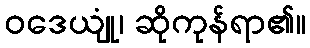
ဝဒေယျုံ၊ ဆိုကုန်ရာ၏။